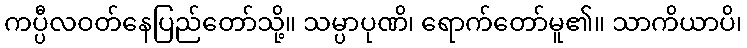
ကပ္ပီလဝတ်နေပြည်တော်သို့။ သမ္ပာပုဏိ၊ ရောက်တော်မူ၏။ သာကိယာပိ၊